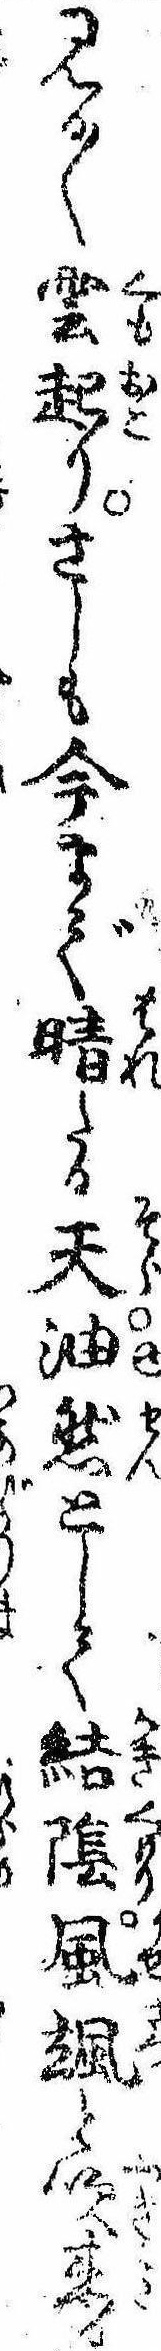
見る〱雲起りさしも今まで晴たる天油然として結陰風颯と吹来る